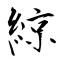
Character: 綡